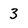
Character: 3